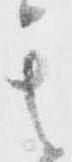
其